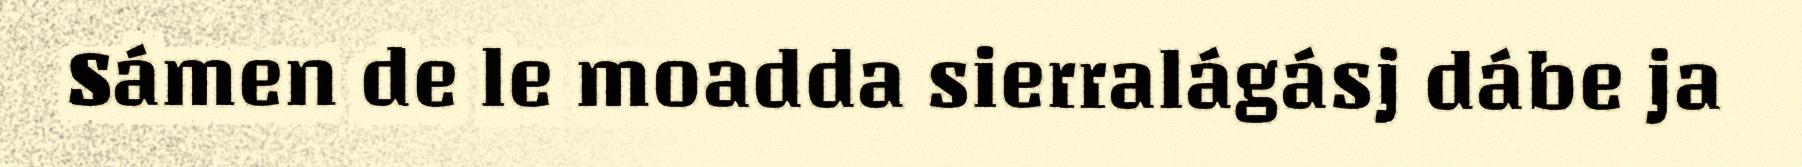
Sámen de le moadda sierralágásj dábe ja